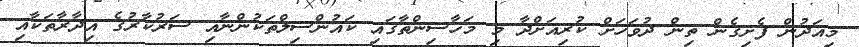
މިއަދުން ފެށިގެން ތިން ދުވަހަށް ކުރިއަށްދާ މި މަހާސިންތާގައި ކައުންސިލްތަކުންނާއި ސަރުކާރުގެ އިދާރާތަކާއި